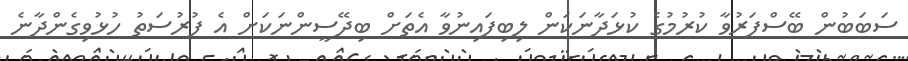
ސަބަބުން ބޭސްފަރުވާ ކުރުމުގެ ކުޅަދާނަކަން ލިބިފައިނުވާ އެތަށް ބިދޭސީންނަކަށް އެ ފުރުސަތު ހުޅުވިގެންދާނެ